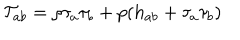
\mathcal { T } _ { a b } = \rho \tau _ { a } \tau _ { b } + p ( h _ { a b } + \tau _ { a } \tau _ { b } )